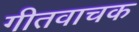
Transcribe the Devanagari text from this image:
गीतवाचक